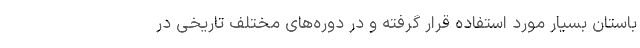
باستان بسیار مورد استفاده قرار گرفته و در دوره‌های مختلف تاریخی در